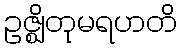
ဥဇ္ဈိတုမရဟတိ